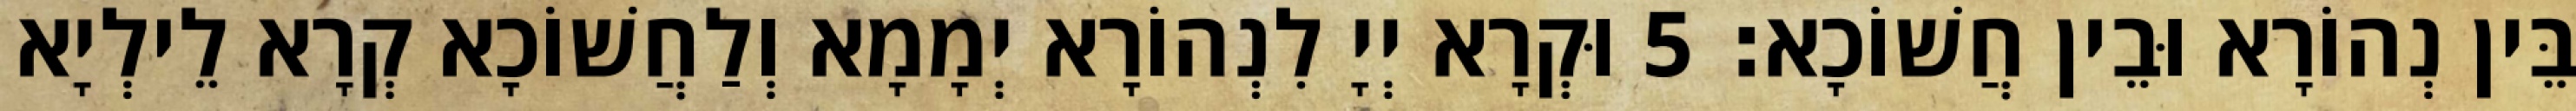
בֵּין נְהוֹרָא וּבֵין חֲשׁוֹכָא׃ 5 וּקְרָא יְיָ לִנְהוֹרָא יְמָמָא וְלַחֲשׁוֹכָא קְרָא לֵילְיָא